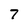
Character: 7